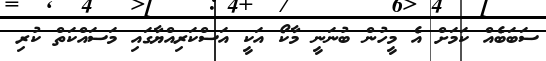
ސަބަބެއް ކަަމަށް އެ މީހުން ބުނަނީ މާކޯ އަކީ އަސްކަރިއްޔާގައި މަސައްކަތް ކުރި